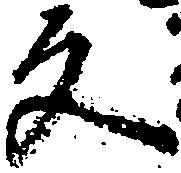
反